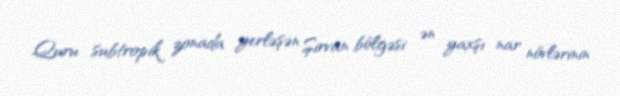
Quru subtropik zonada yerləşən Şirvan bölgəsi ən yaxşı nar növlərinin